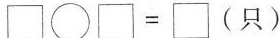
$$\square\bigcirc \square\＝\square$$(只)